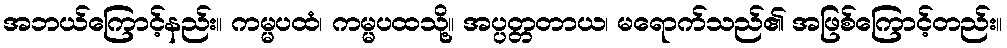
အဘယ်ကြောင့်နည်း။ ကမ္မပထံ၊ ကမ္မပထသို့။ အပ္ပတ္တတာယ၊ မရောက်သည်၏ အဖြစ်ကြောင့်တည်း။